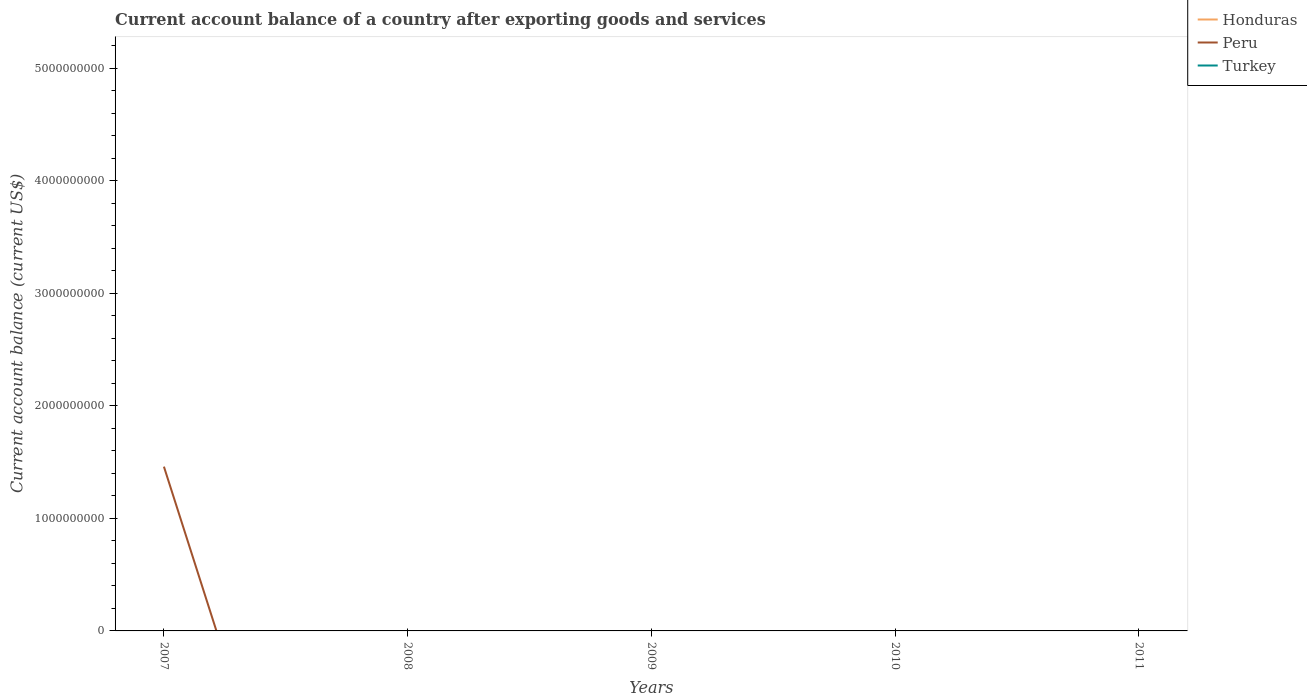
| Years | Honduras | Peru | Turkey |
 | --- | --- | --- | --- |
 | 2007 | -1.12e+09 | 1.46e+09 | -3.78e+10 |
 | 2008 | -2.13e+09 | -5.32e+09 | -4.02e+10 |
 | 2009 | -5.57e+08 | -7.23e+08 | -1.2e+10 |
 | 2010 | -6.82e+08 | -3.78e+09 | -4.53e+10 |
 | 2011 | -1.41e+09 | -3.18e+09 | -7.5e+10 |